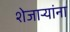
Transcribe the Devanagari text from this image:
शेजाऱ्यांना